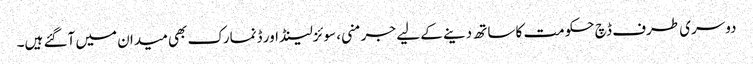
دوسری طرف ڈچ حکومت کا ساتھ دینے کے لیے جرمنی، سوئزلینڈ اور ڈنمارک بھی میدان میں آگئے ہیں۔